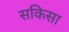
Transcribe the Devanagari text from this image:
सकिसा